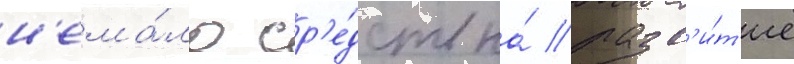
н'ема́ло ср'е́дств на́ разв'и́т'ие